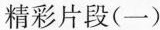
精彩片段(一)